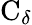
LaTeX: \mathrm{C}_{\delta}